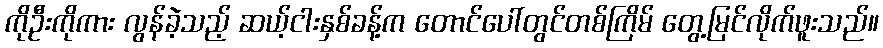
ကိုဦးကိုကား လွန်ခဲ့သည့် ဆယ့်ငါးနှစ်ခန့်က တောင်ပေါ်တွင်တစ်ကြိမ် တွေ့မြင်လိုက်ဖူးသည်။